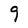
Character: 9